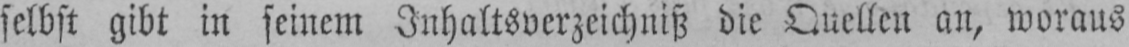
selbst gibt in seinem Inhaltsverzeichniß die Quellen an, woraus